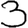
Digit: 3